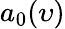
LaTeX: a_{0}(\upsilon)